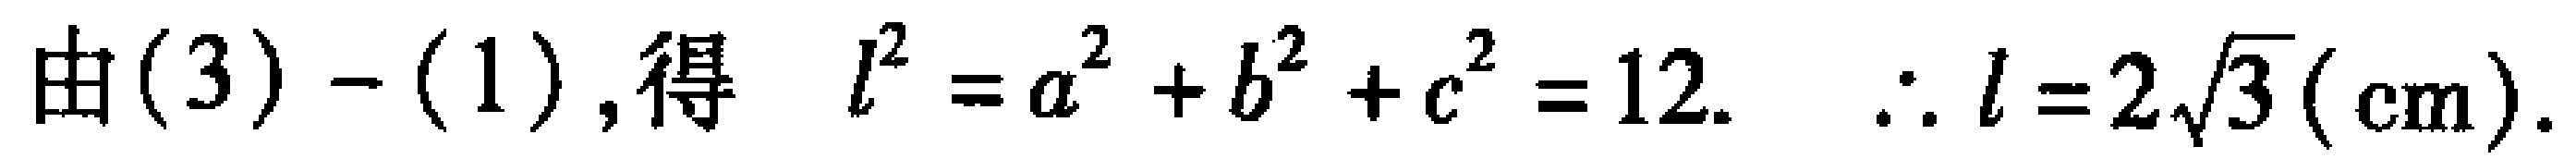
由(3)-(1),得 \(l^{2}=a^{2}+b^{2}+c^{2}=12.\ \therefore l = 2\sqrt{3}(\text{cm})\).